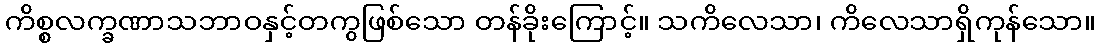
ကိစ္စလက္ခဏာသဘာဝနှင့်တကွဖြစ်သော တန်ခိုးကြောင့်။ သကိလေသာ၊ ကိလေသာရှိကုန်သော။